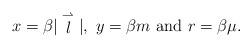
LaTeX: \begin{align*}x=\beta |\stackrel{\rightharpoonup}{l}|, \ y=\beta m \ {\rm and} \ r=\beta \mu.\end{align*}